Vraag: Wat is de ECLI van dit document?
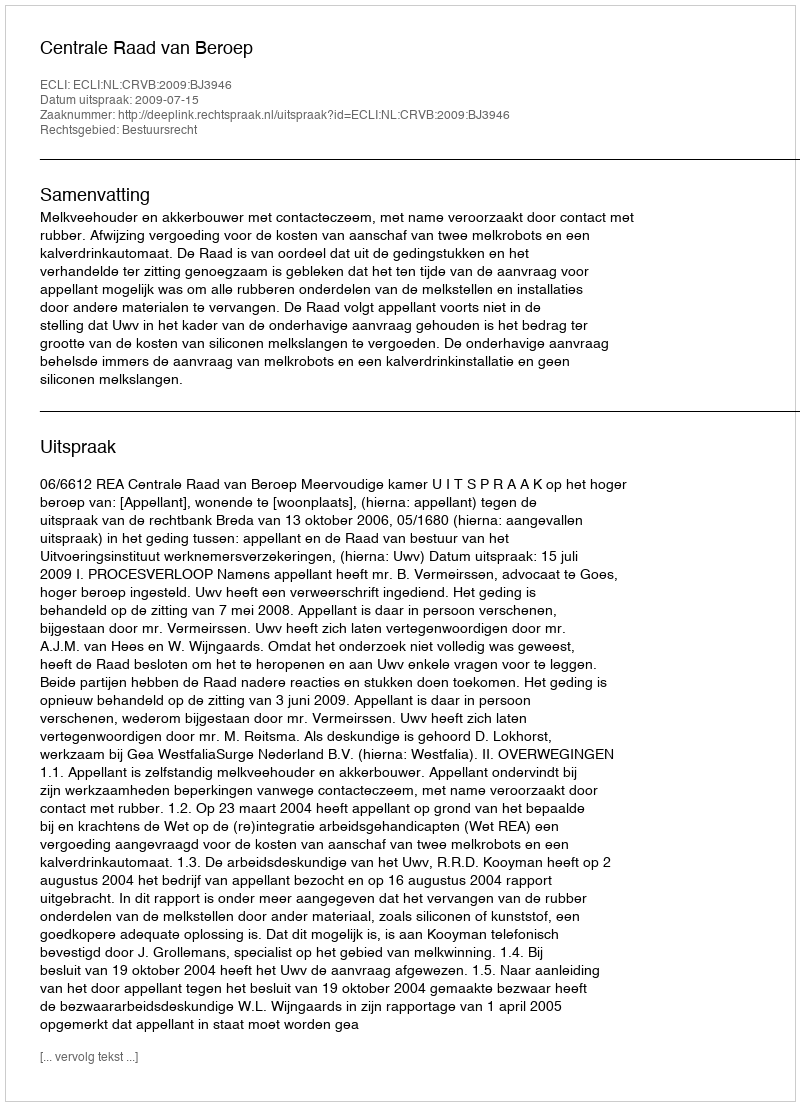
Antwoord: ECLI:NL:CRVB:2009:BJ3946